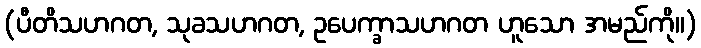
(ပီတိသဟဂတ, သုခသဟဂတ, ဥပေက္ခာသဟဂတ ဟူသော အမည်ကို။)